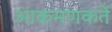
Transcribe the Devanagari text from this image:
आक्रमणकर्ते